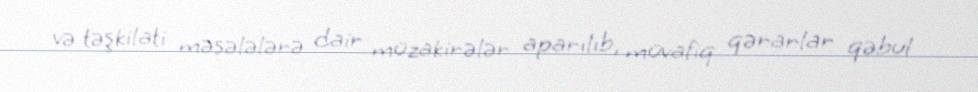
və təşkilati məsələlərə dair müzakirələr aparılıb, müvafiq qərarlar qəbul